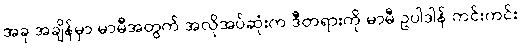
အခု အချိန်မှာ မာမီအတွက် အလိုအပ်ဆုံးက ဒီတရားကို မာမီ ဥပါဒါန် ကင်းကင်း၊